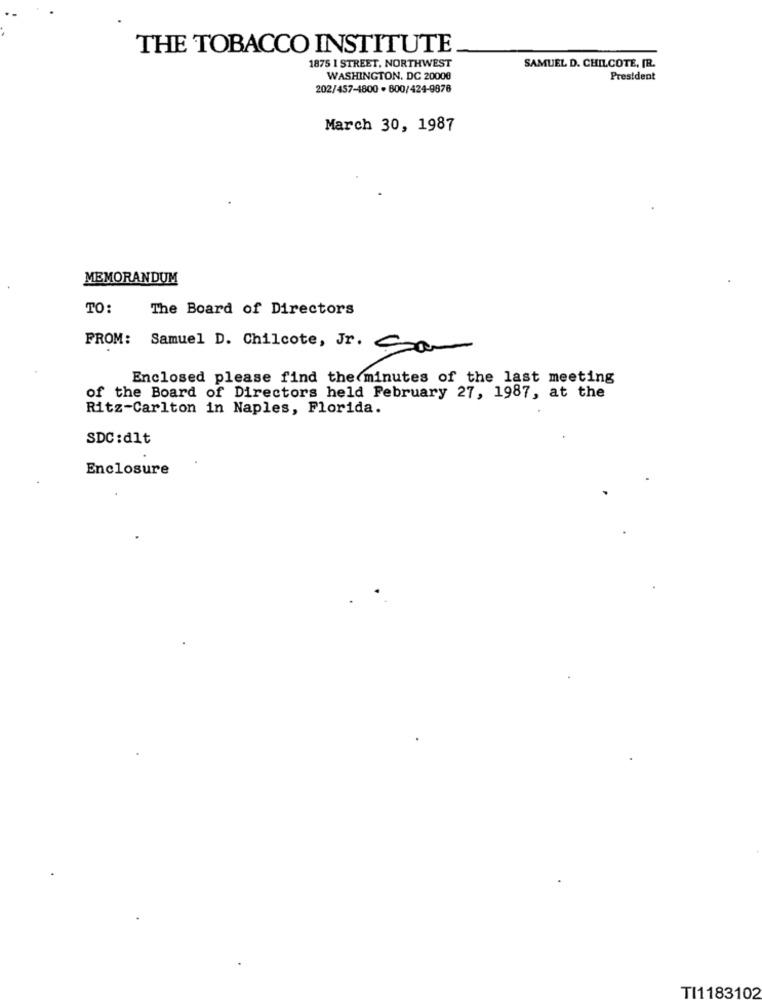
THE TOBACCO INSTITUTE
1875 1 STREET, NORTHWEST
SAMUEL D. CHILCOTE, IR.
WASHINGTON, DC 20000
President
202/457-4800 . 800/424-9876
March 30, 1987
MEMORANDUM
TO:
The Board of Directors
FROM: Samuel D. Chilcote, Jr. Com
Enclosed please find the minutes of the last meeting
of the Board of Directors held February 27, 1987, at the
Ritz-Carlton in Naples, Florida.
SDC:dlt
Enclosure
TI1183102